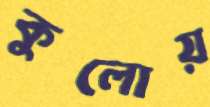
কুলোয়